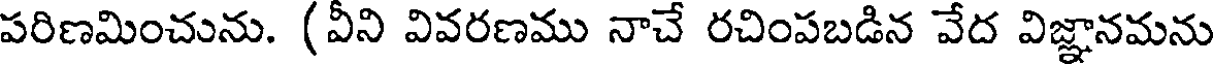
పరిణమించును. (వీని వివరణము నాచే రచింపబడిన వేద విజ్ఞానమను